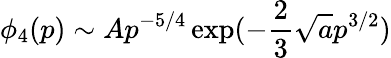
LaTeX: \phi_{4}(p)\sim Ap^{-5/4}\exp(-\frac 23\sqrt ap^{3/2})